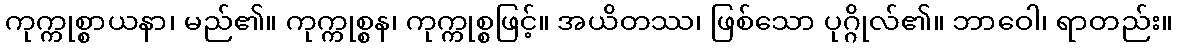
ကုက္ကုစ္စာယနာ၊ မည်၏။ ကုက္ကုစ္စန၊ ကုက္ကုစ္စဖြင့်။ အယိတဿ၊ ဖြစ်သော ပုဂ္ဂိုလ်၏။ ဘာဝေါ၊ ရာတည်း။